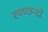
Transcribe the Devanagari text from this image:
स्वच्छन्दो